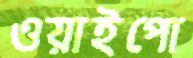
ওয়াইপো